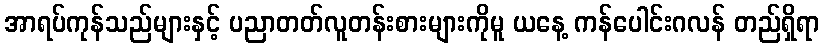
အာရပ်ကုန်သည်များနှင့် ပညာတတ်လူတန်းစားများကိုမူ ယနေ့ ကန်ပေါင်းဂလန် တည်ရှိရာ